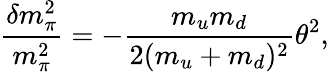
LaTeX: \frac{\delta m_{\pi}^{2}}{m_{\pi}^{2}}=-\frac{m_{u}m_{d}}{2(m_{u}+m_{d})^{2}}\theta^{2},